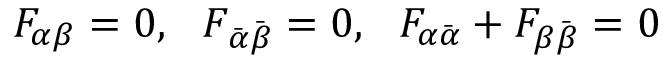
F _ { \alpha \beta } = 0 , \ \ F _ { \bar { \alpha } \bar { \beta } } = 0 , \ \ F _ { \alpha \bar { \alpha } } + F _ { \beta \bar { \beta } } = 0